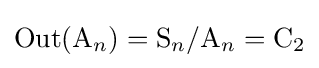
\operatorname {Out} (\mathrm {A} _{n})=\mathrm {S} _{n}/\mathrm {A} _{n}=\mathrm {C} _{2}